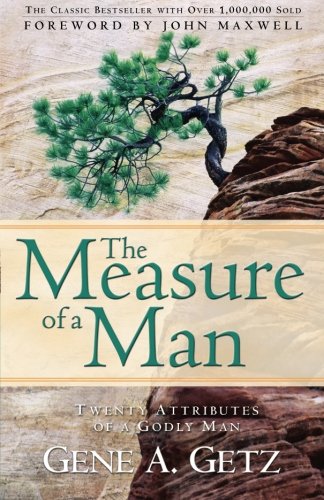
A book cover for The Measure of a Man; Gene A. Getz; Christian Books & Bibles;